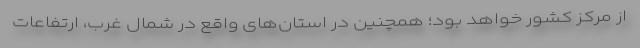
از مرکز کشور خواهد بود؛ همچنین در استان‌های واقع در شمال غرب، ارتفاعات